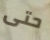
حتى